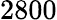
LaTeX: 2800